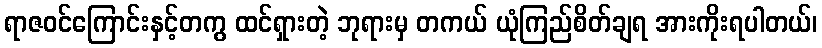
ရာဇဝင်ကြောင်းနှင့်တကွ ထင်ရှားတဲ့ ဘုရားမှ တကယ် ယုံကြည်စိတ်ချရ အားကိုးရပါတယ်၊